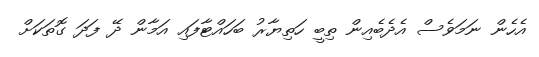
އެހެން ނަމަވެސް އެދެބެއިން ތިބީ ހަތިޔާރު ބަހައްޓާފައި އަމާން ދޭ ފަދަ ގޮތަކަށް